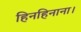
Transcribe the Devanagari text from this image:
हिनहिनाना।